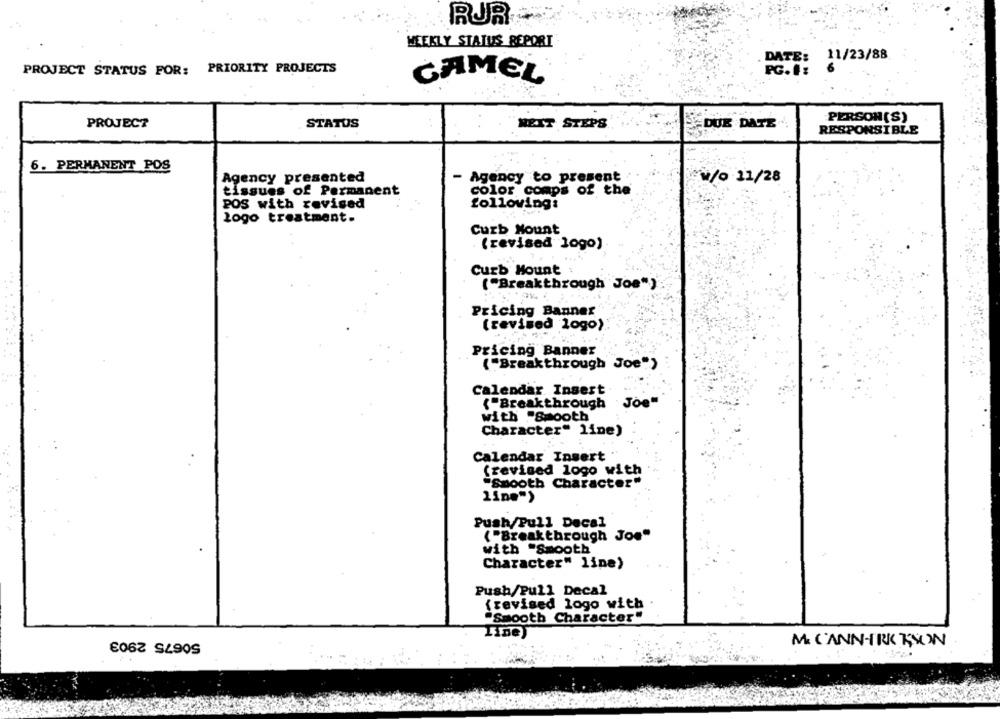
RUR
WEEKLY STATUS REPORT
DATE: 11/23/88
PROJECT STATUS FOR: PRIORITY PROJECTS
PG. I:
CAMEL
PERSON (S)
PROJECT
STATUS
NEXT STEPS
DUE DATE
RESPONSIBLE
6. PERMANENT POS
Agency presented
- Agency to present
w/o 11/28
tissues of Permanent
color comps of the
POS with revised
following:
logo treatment.
Curb Mount
(revised logo)
Curb Mount
( "Breakthrough Joe")
Pricing Banner
(revised logo)
Pricing Banner
("Breakthrough Joe")
Calendar Insert
("Breakthrough Joe"
with "Smooth
Character" line)
Calendar Insert
(revised logo with
"Smooth Character"
line")
Push/Pull Decal
("Breakthrough Joe"
with "Smooth
Character" line)
Push/Pull Decal
(revised logo with
'Smooth Character"
50675 2903
MI CANN-IRK TSON